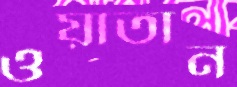
ওয়াতান